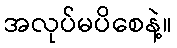
အလုပ်မပိစေနဲ့။